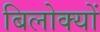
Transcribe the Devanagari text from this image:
बिलोक्‍यों